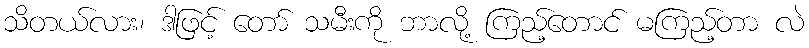
သိတယ်လား၊ ဒါဖြင့် တော် သမီးကို ဘာလို့ ကြည့်တောင် မကြည့်တာ လဲ